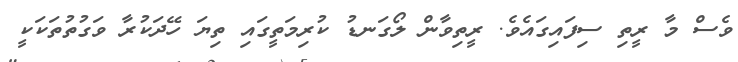
ވެސް މާ ރީތި ސިފައިގައެވެ. ރީތިވާން ލޯގަނޑު ކުރިމަތީގައި ތިޔަ ހޭދަކުރާ ވަގުތުތަކަކީ